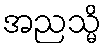
အညသ္မိ